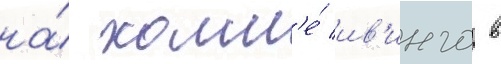
на́ холм'е́ ив'инго в